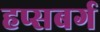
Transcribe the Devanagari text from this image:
हप्सबर्ग